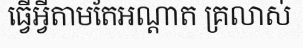
ធ្វើអ្វីតាមតែអណ្តាត គ្រលាស់